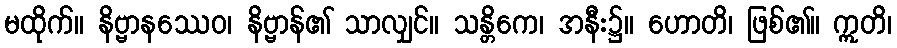
မထိုက်။ နိဗ္ဗာနဿေဝ၊ နိဗ္ဗာန်၏ သာလျှင်။ သန္တိကေ၊ အနီး၌။ ဟောတိ၊ ဖြစ်၏။ ဣတိ၊